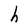
Character: h